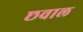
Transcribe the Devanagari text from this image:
छवाल